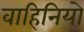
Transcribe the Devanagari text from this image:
वाहिनियो